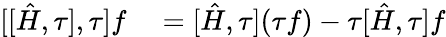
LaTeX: \begin{array}{rl}{[[\hat{H},\tau],\tau]f}&{{}=[\hat{H},\tau](\tau f)-\tau[\hat{H},\tau]f}\end{array}